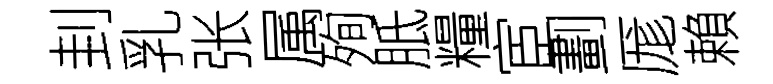
刲乳张属殉胝糧宦劃厖賴